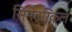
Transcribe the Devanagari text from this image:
सिमेट्रिकल